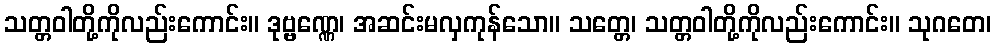
သတ္တဝါတို့ကိုလည်းကောင်း။ ဒုဗ္ဗဏ္ဏေ၊ အဆင်းမလှကုန်သော။ သတ္တေ၊ သတ္တဝါတို့ကိုလည်းကောင်း။ သုဂတေ၊